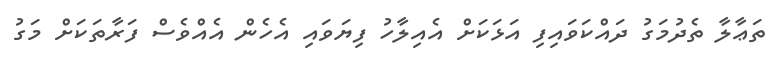
ތަޢާލާ ތެދުމަގު ދައްކަވައިފި އަޅަކަށް އެއިލާހު ފިޔަވައި އެހެން އެއްވެސް ފަރާތަކަށް މަގު